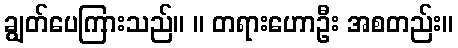
ချွတ်ပေကြားသည်။ ။ တရားဟောဦး အစတည်း။